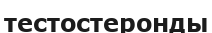
тестостеронды